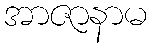
အာဇာနာမ